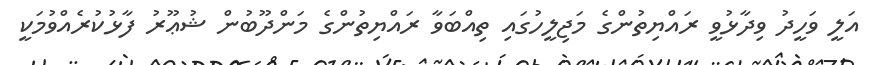
އަލީ ވަހީދު ވިދާޅުވީ ރައްޔިތުންގެ މަޖިލީހުގައި ތިއްބަވާ ރައްޔިތުންގެ މަންދޫބުން ޝުޢޫރު ފާޅުކުރެއްވުމަކީ